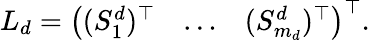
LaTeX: \begin{array}{r}{L_{d}=\left(\begin{array}{lll}{(S_{1}^{d})^{\top}}&{\dots}&{(S_{m_{d}}^{d})^{\top}}\end{array}\right)^{\top}.}\end{array}